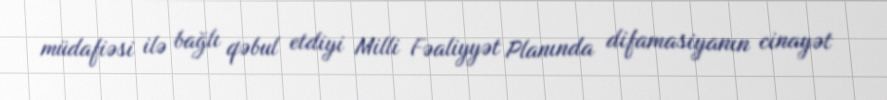
müdafiəsi ilə bağlı qəbul etdiyi Milli Fəaliyyət Planında difamasiyanın cinayət